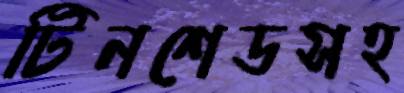
টিনশেডসহ